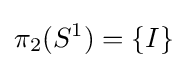
\pi _{2}(S^{1})=\{I\}